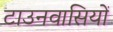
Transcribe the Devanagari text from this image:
टाउनवासियों